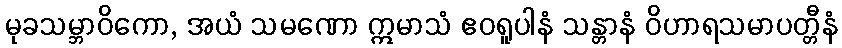
မုခသမ္ဘာဝိကော, အယံ သမဏော ဣမာသံ ဧဝရူပါနံ သန္တာနံ ဝိဟာရသမာပတ္တီနံ